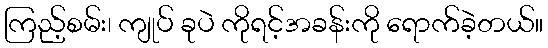
ကြည့်စမ်း၊ ကျုပ် ခုပဲ ကိုရင့်အခန်းကို ရောက်ခဲ့တယ်။